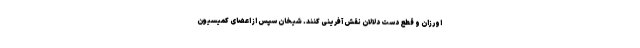
اورزان و قطع دست دلالان نقش آفرینی کنند. شیخان سپس از اعضای کمیسیون